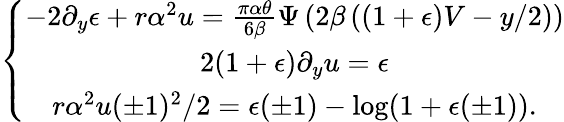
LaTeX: \left\lbrace\begin{array}{c}{-2\partial_{y}\epsilon+r\alpha^{2}u=\frac{\pi\alpha\theta}{6\beta}\Psi\left(2\beta\left((1+\epsilon)V-y/2\right)\right)}\\ {2(1+\epsilon)\partial_{y}u=\epsilon}\\ {r\alpha^{2}u(\pm 1)^{2}/2=\epsilon(\pm 1)-\log(1+\epsilon(\pm 1)).}\end{array}\right.